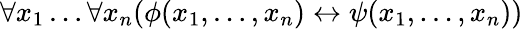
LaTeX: \forall x_{1}\dots\forall x_{n}(\phi(x_{1},\dots,x_{n})\leftrightarrow\psi(x_{1},\dots,x_{n}))